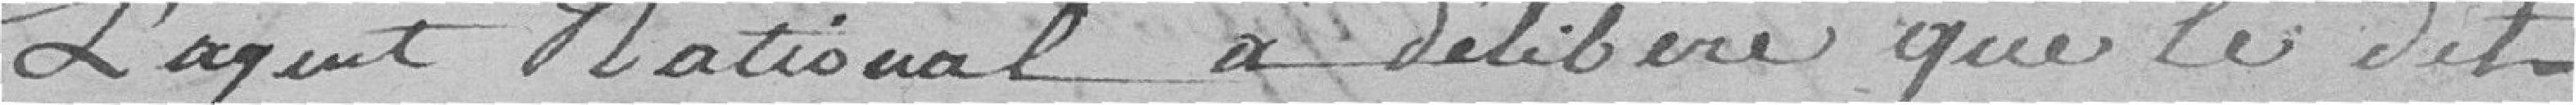
l'agent national a délibéré que le dit